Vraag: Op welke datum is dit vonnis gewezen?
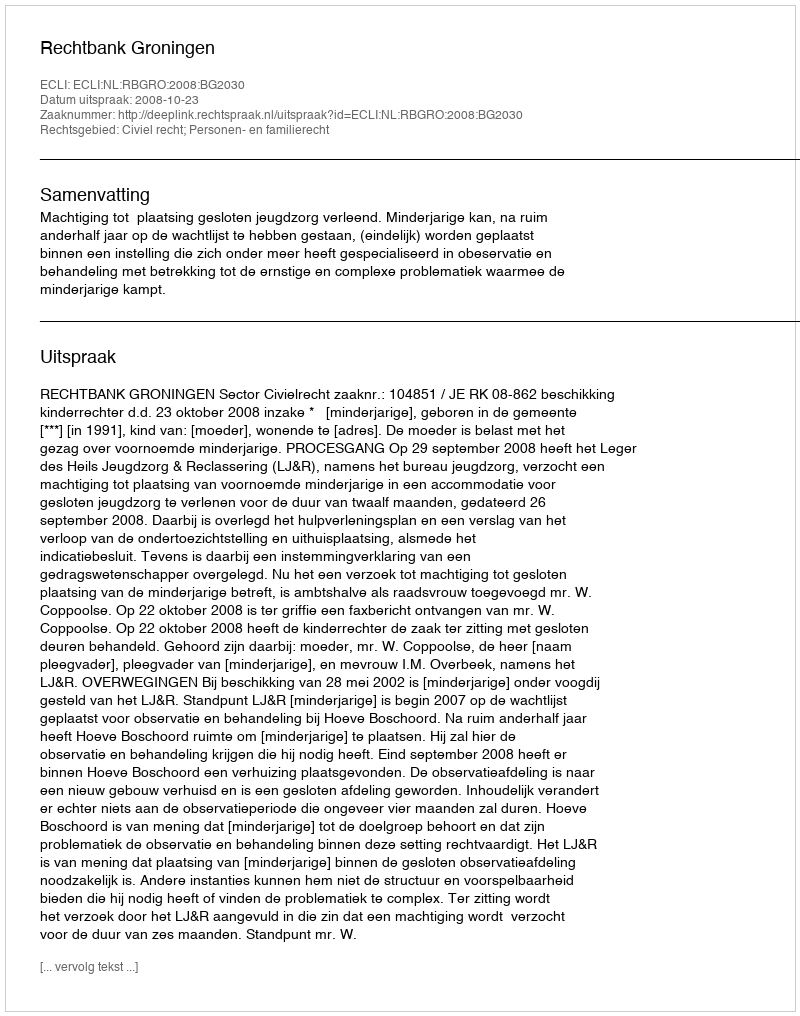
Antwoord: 2008-10-23